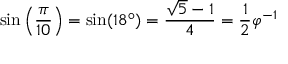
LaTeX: \sin \left( { \frac { \pi } { 1 0 } } \right) = \sin ( 1 8 ^ { \circ } ) = { \frac { { \sqrt { 5 } } - 1 } { 4 } } = { \frac { 1 } { 2 } } \varphi ^ { - 1 }